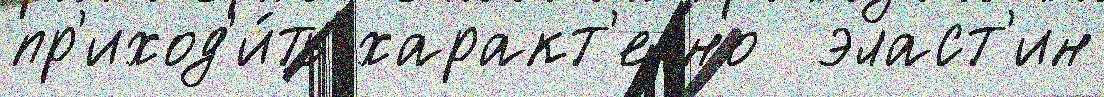
пр'иход'и́ть характ'ерно  эласт'ин